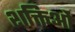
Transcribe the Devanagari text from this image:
शक्तिओं